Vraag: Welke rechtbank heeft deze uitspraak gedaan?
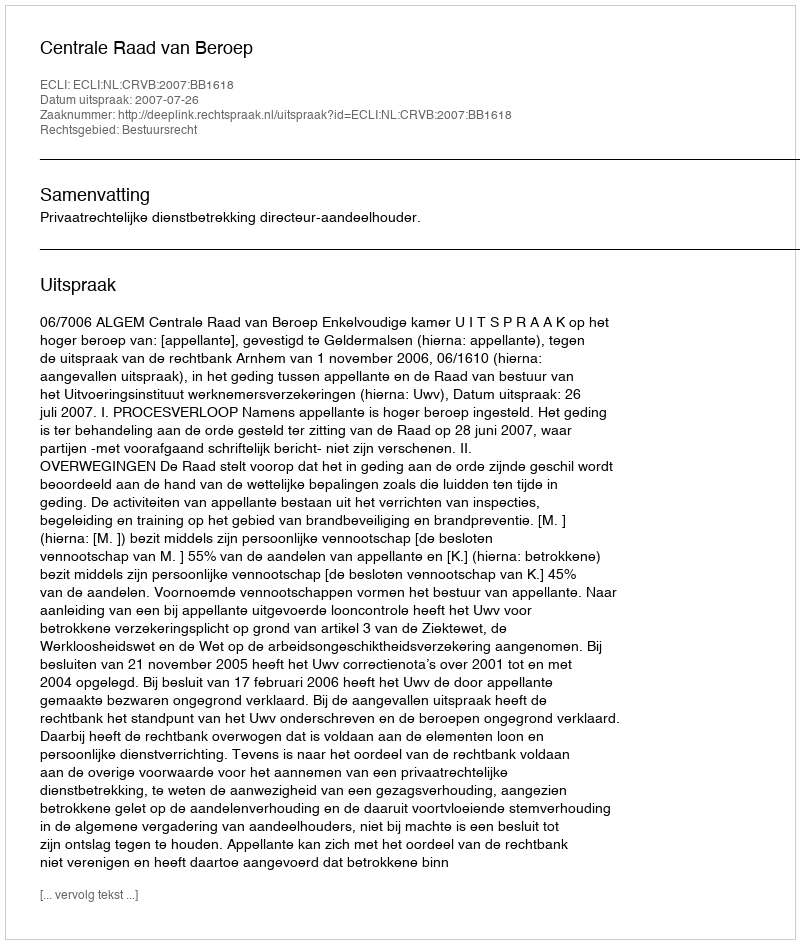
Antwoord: Centrale Raad van Beroep